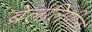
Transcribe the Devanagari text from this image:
ब्रेललिपीत